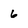
Character: 6